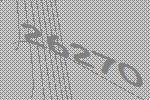
26270